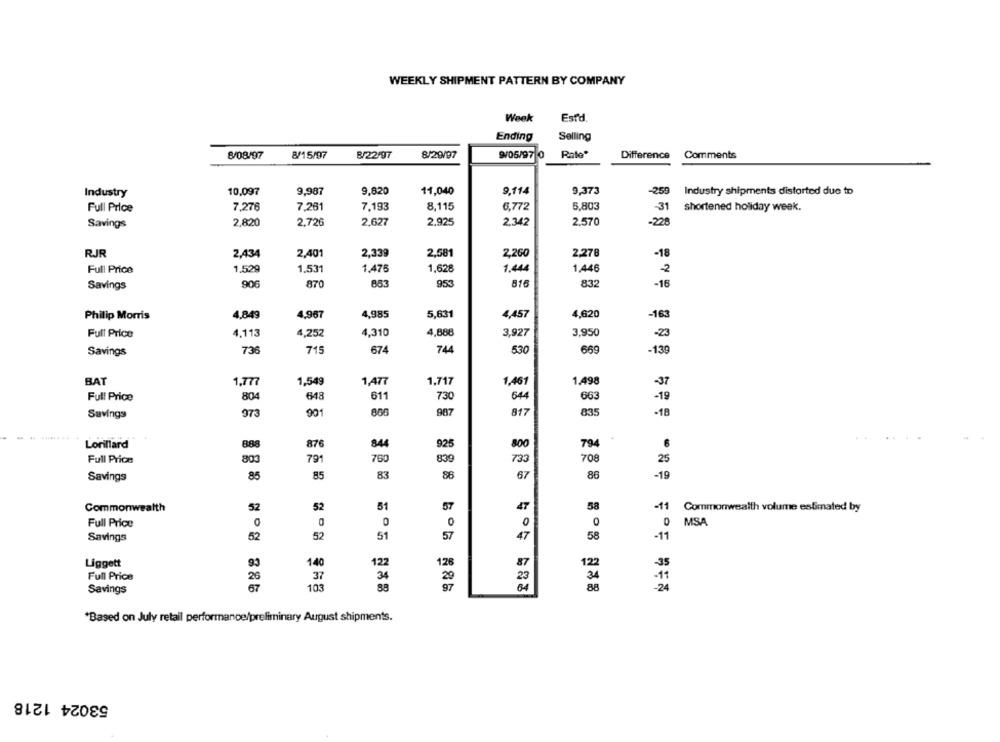
WEEKLY SHIPMENT PATTERN BY COMPANY
Week
Estd
Ending
Selling
8/08/97
8/15/97
8/22/97
8/29/97
9/05/97 0
Rate
Difference
Comments
Industry
10,097
9,987
9,820
11,040
9,114
9,373
-250
Industry shipments distorted due to
7.276
7.281
7.193
8,115
6,772
5,803
-31
shortened holiday week.
Full Price
2.820
2.726
2,627
2.925
2,342
2.570
-228
Savings
RJR
2,434
2,401
2,339
2,581
2,260
2,278
-18
1,529
1.531
1,475
1,628
1.444
1,446
Full Price
2
853
953
Savings
906
870
816
832
-16
Philip Morris
4,849
4,967
4,985
5,631
4,457
4,620
-163
Full Price
4.113
4,252
4,310
4,888
3,927
3.950
-23
Savings
736
715
674
744
530
669
-139
BAT
1.777
1,549
1,477
1,717
1,461
1,498
-37
Full Price
804
648
611
730
644
663
-19
Savings
973
901
806
987
817
835
-18
Lorillard
888
876
844
925
800
794
Full Price
803
791
760
839
733
708
25
85
85
83
67
-19
Savings
86
86
Commonwealth
52
52
51
57
47
58
-11
Commonwealth volume estimated by
Full Price
0
0
0
0
0
0 MSA
Savings
52
52
51
57
47
58
-11
Liggett
93
140
122
126
87
122
-35
Full Price
26
37
34
23
34
-11
67
88
20
-24
Savings
103
"Based on July retail performance/preliminary August shipments.
53024 1218